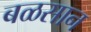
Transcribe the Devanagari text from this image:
बळसान